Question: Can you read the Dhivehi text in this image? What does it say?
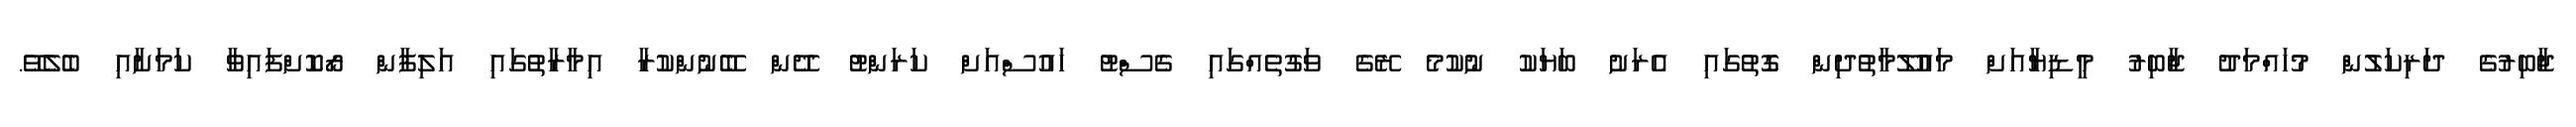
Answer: ޖާބިރުގެ ދަރިކަލުން މުހައްމަދު ޖާބިރު މީޑިޔާއަށް މައުލޫމާތުދިން ގޮތުގައި އެރަށު ބަޔަކު ނުކުމެ ރޭގެ ވަގުތެއްގައި ގެސްޓު ހައުސްއަށް ކަރަންޓު ދޭން ބޭނުންކުރާ އިމާރާތުގައި އަލިފާން ރޯކޮށްފައިވާ ކަމަށާއި ބެލެވޭ.